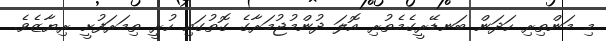
މި މަންތިރި ހަދަން ބަނޑޭރީގެމެތުރި އޮލަ ދުންމުޖުމަރާގެ ގޮތުގައި ހުރީ ތިމަރަފުށީ ރިޔާޒެވެ.